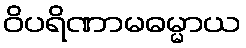
ဝိပရိဏာမဓမ္မာယ